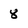
Character: 8